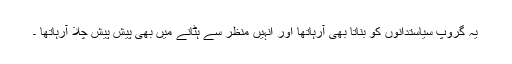
یہ گروپ سیاستدانوں کو بناتا بھی آرہاتھا اور انہیں منظر سے ہٹانے میں بھی پیش پیش چلا آرہاتھا ۔